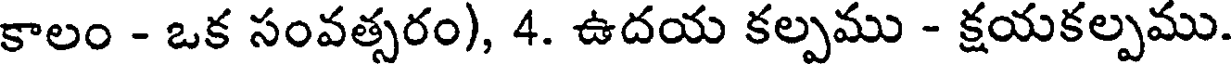
కాలం - ఒక సంవత్సరం), 4. ఉదయ కల్పము - క్షయకల్పము.